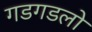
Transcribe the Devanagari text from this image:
गडगडलो